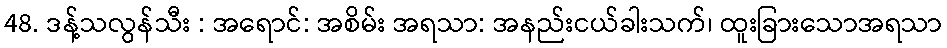
48. ဒန့်သလွန်သီး : အရောင်: အစိမ်း အရသာ: အနည်းငယ်ခါးသက်၊ ထူးခြားသောအရသာ